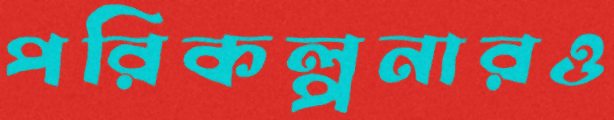
পরিকল্পনারও